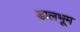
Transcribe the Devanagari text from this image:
डालभूम